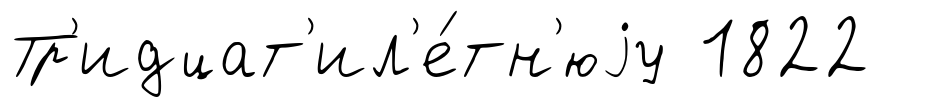
Тр'идцат'ил'е́тн'юjу 1822